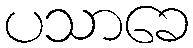
ပသာခေ